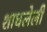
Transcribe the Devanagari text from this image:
शाधलेली